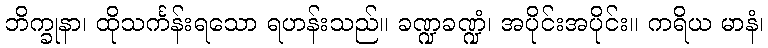
ဘိက္ခုနာ၊ ထိုသင်္ကန်းရသော ရဟန်းသည်။ ခဏ္ဍခဏ္ဍံ၊ အပိုင်းအပိုင်း။ ကရိယ မာနံ၊